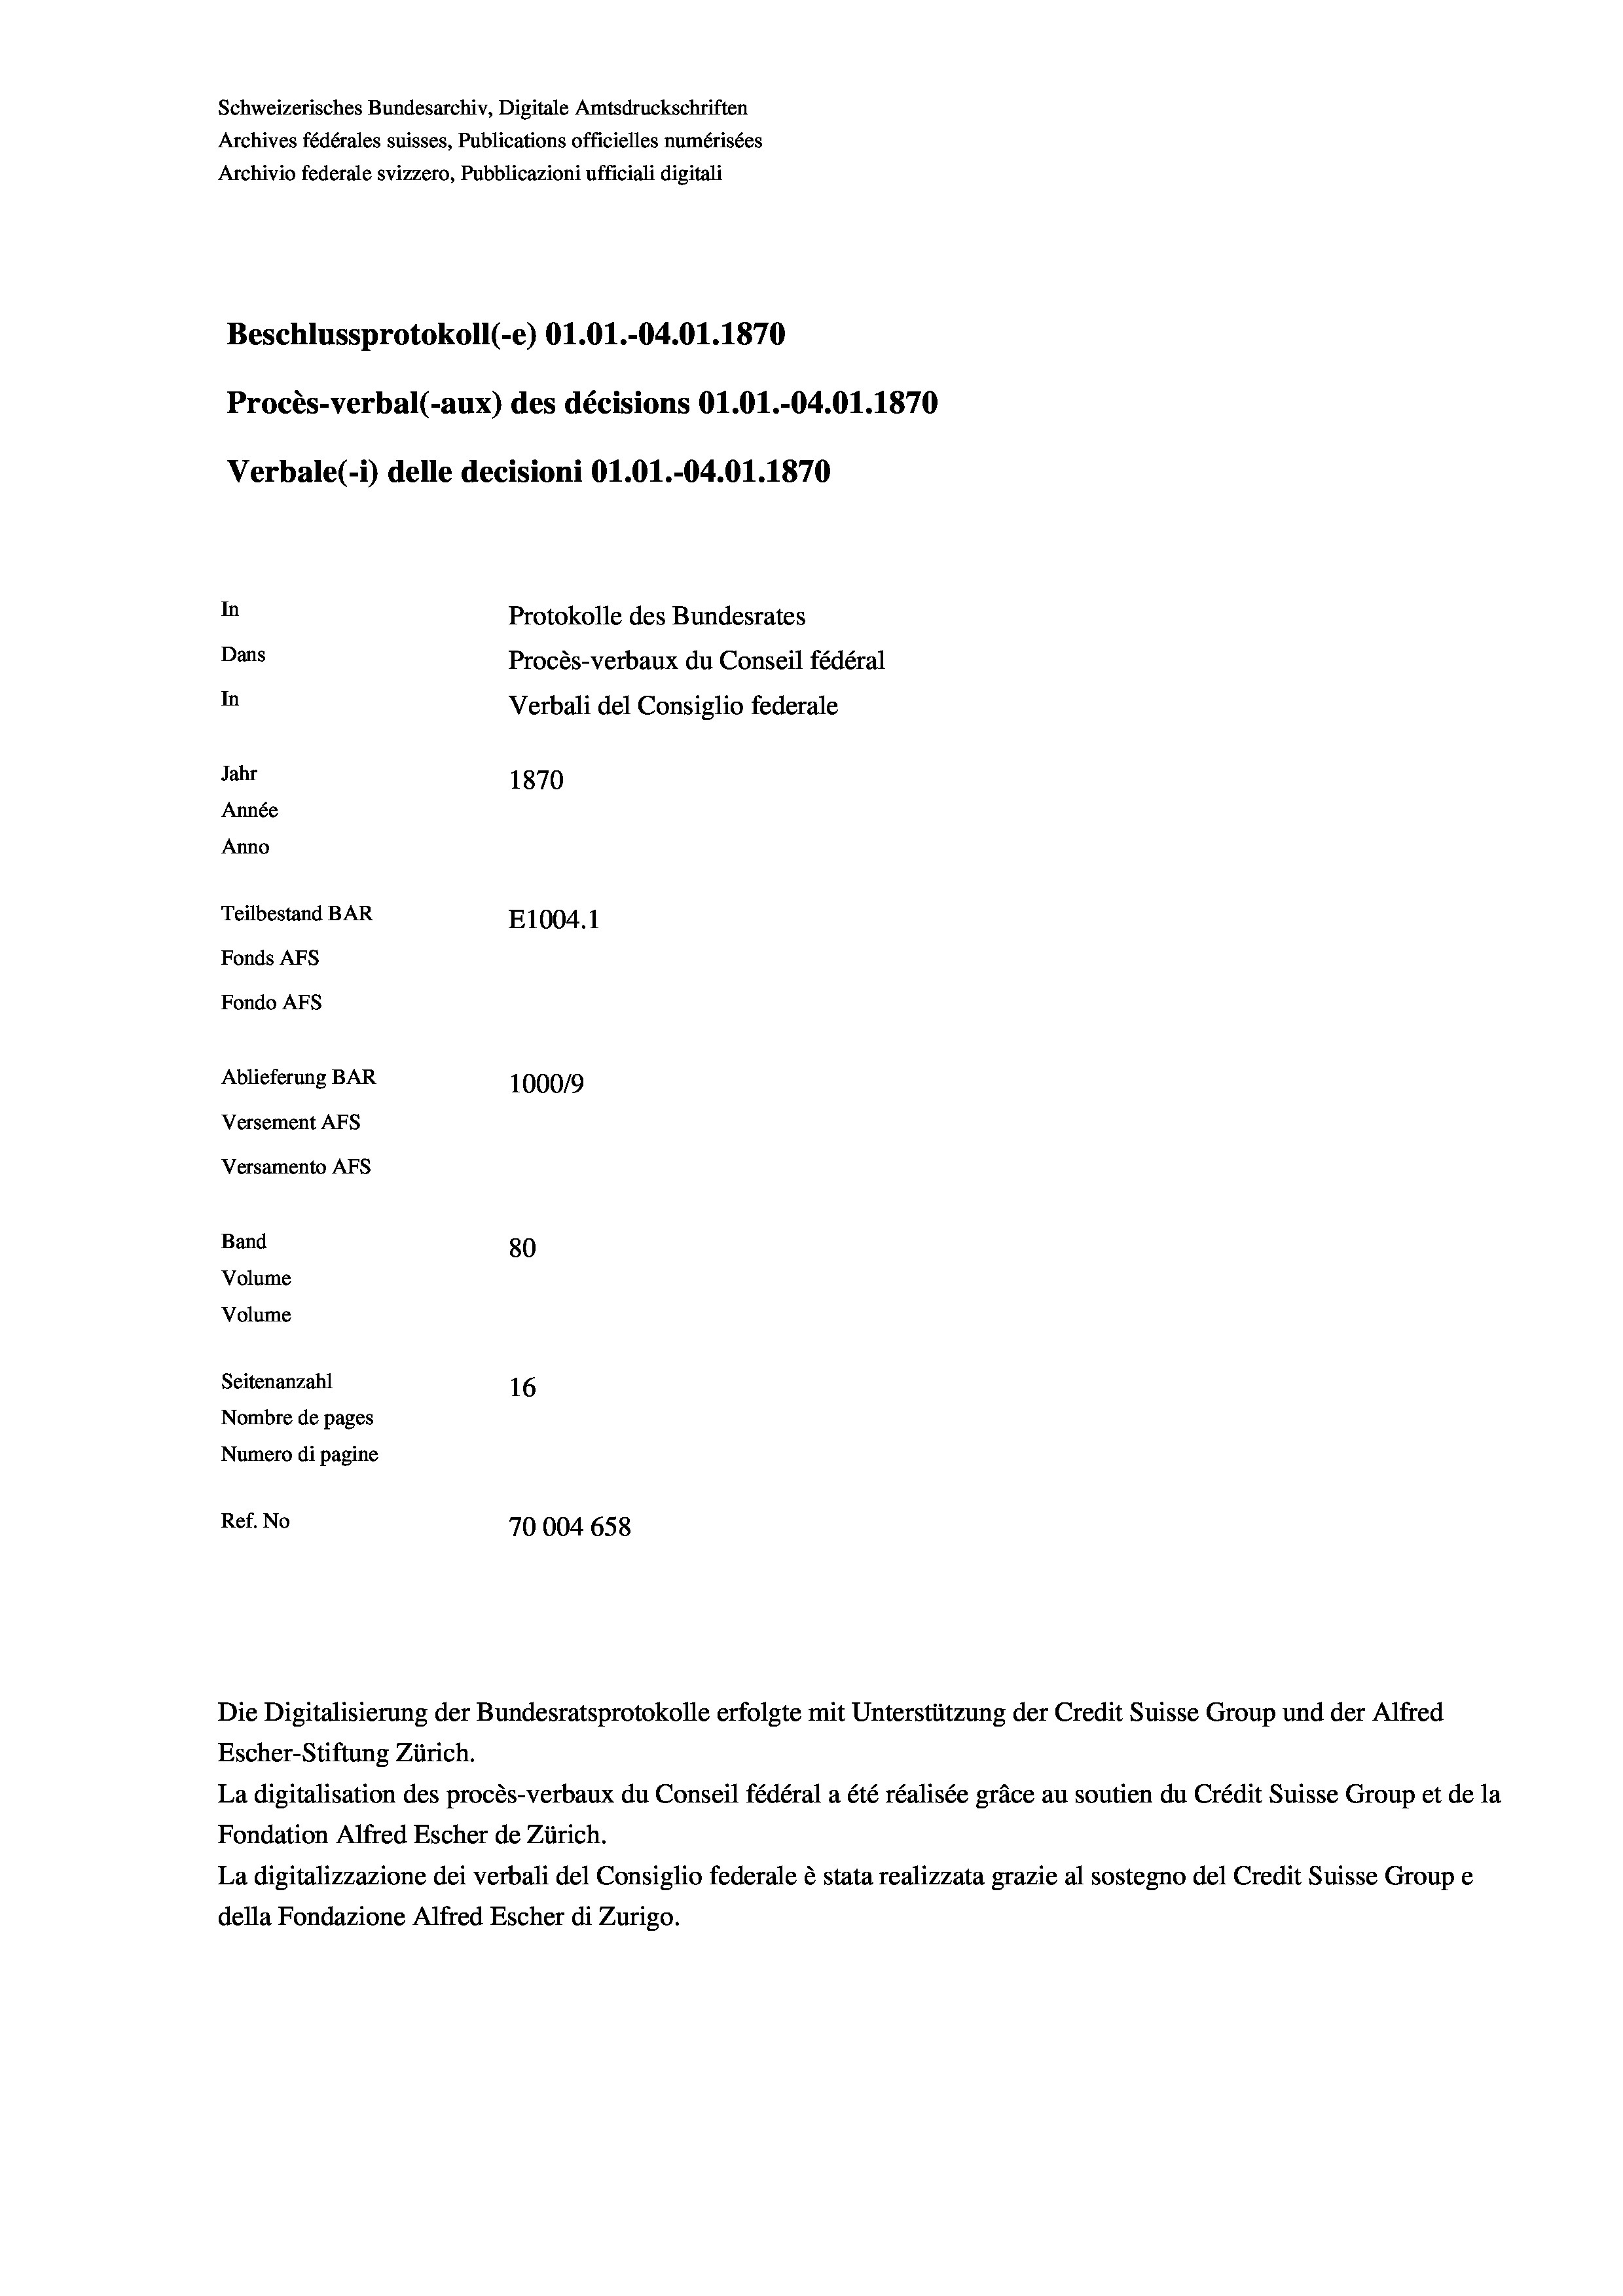
Schweizerisches Bundesarchiv, Digitale Amtsdruckschriften
Archives fédérales suisses, Publications officielles numérisées
Archivio federale svizzero, Pubblicazioni ufficiali digitali
Beschlussprotokoll (-e) O1.01.-04.01. 1870
Procès-verbal (-aux) des décisions O1.01.-04.01.1870
Verbale(-*) delle decisioni O1.01.-04.01. 1870
In
Protokolle des Bundesrates
Dans
Procès-verbaux du Conseil fédéral
In
Verbali del Consiglio federale
Jahr
1870
Année
Anno
Teilbestand BAR
E1004.1
Fonds AFs
Fondo AFS
Ablieferung BAR
100019
Versement AFs

Versamento AFs
Band
Volume
Volume

80
Seitenanzahl
16
Nombre de pages
Numero di pagine
Ref. No
70004 658

Escher-Stiftung Zürich.
La digitalisation des procès-verbaux du Conseil fédéral a été réalisée gräce au soutien du Crédit Suisse Group et de la
Fondation Alfred Escher de Zürich.
La digitalizzazione dei verbali del Consiglio federale è stata realizzata grazie al sostegno del Credit Suisse Groupe
della Fondazione Alfred Escher di Zurigo.

Die Digitalisierung der Bundesratsprotokolle erfolgte mit Unterstützung der Credit Suisse Group und der Alfred